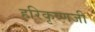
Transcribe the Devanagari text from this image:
हरिकृष्णजी